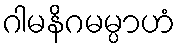
ဂါမနိဂမမ္ပာဟံ